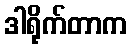
ဒါရိုက်တာက